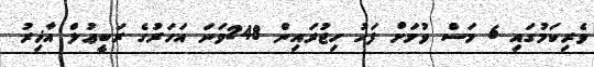
ވެރިކަމުގައި 6 މަސް ވުމަށް ފަހު ހިޖުރައިން 248ވަނަ އަހަރުގެ ރަބީޢުލް އާޚިރު